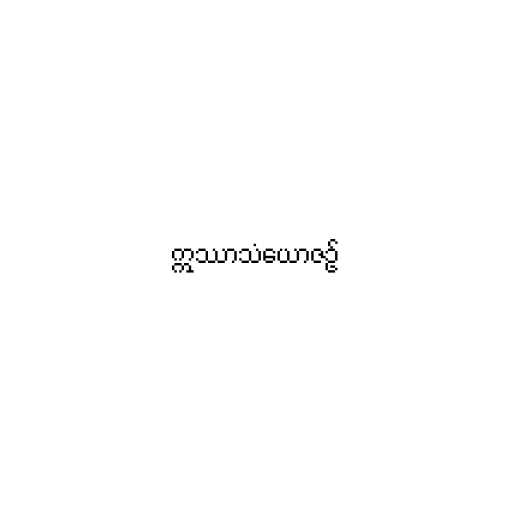
ဣဿာသံယောဇဉ်